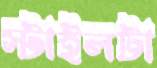
স্টাইলটা